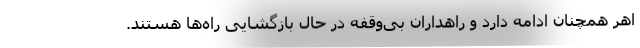
اهر همچنان ادامه دارد و راهداران بی‌وقفه در حال بازگشایی راه‌ها هستند.